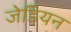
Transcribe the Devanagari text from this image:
जेडियन